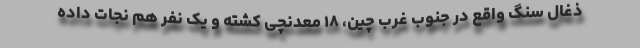
ذغال سنگ واقع در جنوب غرب چین، ۱۸ معدنچی کشته و یک نفر هم نجات داده